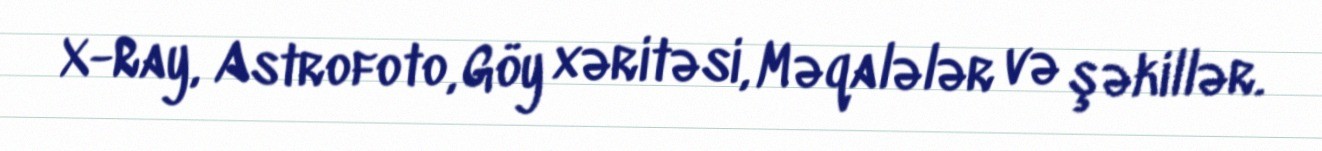
X-Ray, Astrofoto, Göy xəritəsi, Məqalələr və şəkillər.